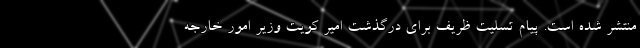
منتشر شده است. پیام تسلیت ظریف برای درگذشت امیر کویت وزیر امور خارجه